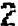
2